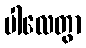
ပါလေတွာ